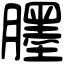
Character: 𦢓